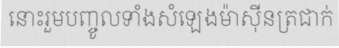
នោះរួមបញ្ចូលទាំងសំឡេងម៉ាស៊ីនត្រជាក់